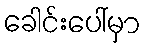
ခေါင်းပေါ်မှာ